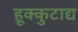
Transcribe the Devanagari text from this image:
हूक्कुटाद्य